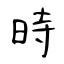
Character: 時